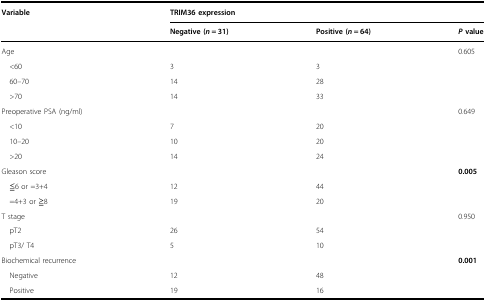
<table><thead><tr><td><b>Variable</b></td><td colspan="3"><b>TRIM36 expression</b></td></tr><tr><td></td><td><b>Negative (<i>n</i> = 31)</b></td><td><b>Positive (<i>n</i> = 64)</b></td><td><b><i>P</i> value</b></td></tr></thead><tbody><tr><td>Age</td><td></td><td></td><td>0.605</td></tr><tr><td> &lt;60</td><td>3</td><td>3</td><td></td></tr><tr><td> 60–70</td><td>14</td><td>28</td><td></td></tr><tr><td> &gt;70</td><td>14</td><td>33</td><td></td></tr><tr><td>Preoperative PSA (ng/ml)</td><td></td><td></td><td>0.649</td></tr><tr><td> &lt;10</td><td>7</td><td>20</td><td></td></tr><tr><td> 10–20</td><td>10</td><td>20</td><td></td></tr><tr><td> &gt;20</td><td>14</td><td>24</td><td></td></tr><tr><td>Gleason score</td><td></td><td></td><td><b>0.005</b></td></tr><tr><td> ≦6 or =3+4</td><td>12</td><td>44</td><td></td></tr><tr><td> =4+3 or ≧8</td><td>19</td><td>20</td><td></td></tr><tr><td>T stage</td><td></td><td></td><td>0.950</td></tr><tr><td> pT2</td><td>26</td><td>54</td><td></td></tr><tr><td> pT3/ T4</td><td>5</td><td>10</td><td></td></tr><tr><td>Biochemical recurrence</td><td></td><td></td><td><b>0.001</b></td></tr><tr><td> Negative</td><td>12</td><td>48</td><td></td></tr><tr><td> Positive</td><td>19</td><td>16</td><td></td></tr></tbody></table>